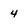
Character: 4